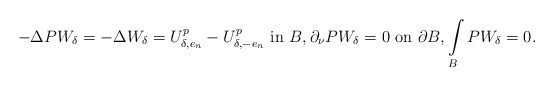
\begin{align*}-\Delta PW_\delta=-\Delta W_\delta = U_{\delta,e_n}^p-U_{\delta,-e_n}^p\ \hbox{in}\ {B}, \partial_\nu P W_{\delta}=0\ \hbox{on}\ \partial{B}, \int\limits_{{B}} P W_{\delta}=0.\end{align*}